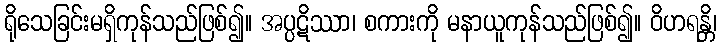
ရိုသေခြင်းမရှိကုန်သည်ဖြစ်၍။ အပ္ပဋိဿာ၊ စကားကို မနာယူကုန်သည်ဖြစ်၍။ ဝိဟရန္တိ၊